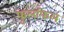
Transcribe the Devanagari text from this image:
फुलफिल